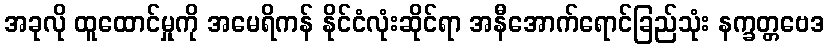
အခုလို ထူထောင်မှုကို အမေရိကန် နိုင်ငံလုံးဆိုင်ရာ အနီအောက်ရောင်ခြည်သုံး နက္ခတ္တဗေဒ